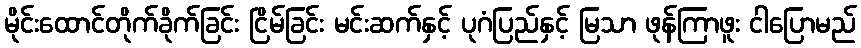
မိုင်းထောင်တိုက်ခိုက်ခြင်း ငြိမ်ခြင်း မင်းဆက်နှင့် ပုဂံပြည်နှင့် မြသာ ဖုန်ကြာဖူး ငါပြောမည်